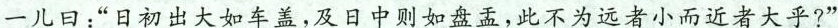
一儿日：”日初出大如车盖，及日中则如盘盂，此不为远者小而近者大乎?”